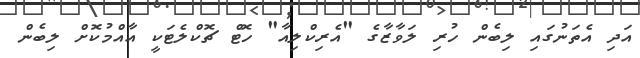
އަދި އެތަނުގައި ލިބެން ހުރި ލަވާޒާގެ "އެރިކްލިއާ" ހޮޓް ޗޮކްލެޓަކީ އާއްމުކޮށް ލިބެން